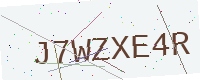
Text: J7WZXE4R